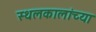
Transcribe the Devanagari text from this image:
स्थलकालांच्या